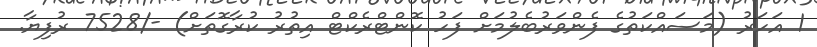
1 އަހަރު (މަސައްކަތުގެ ފެންވަރުބެލުމަށް ފަހު ކޮންޓްރެކްޓް އިތުރު ކުރާގޮތަށް) -/7528 ރުފިޔާ.